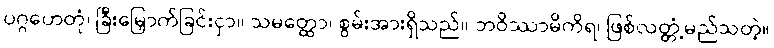
ပဂ္ဂဟေတုံ၊ ခြီးမြှောက်ခြင်းငှာ။ သမတ္ထော၊ စွမ်းအားရှိသည်။ ဘဝိဿာမိကိရ၊ ဖြစ်လတ္တံ့မည်သတဲ့။